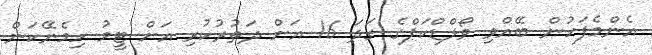
އެންމެފަހުން ބޭއްވި ވޯލްޑްކަޕްގެ ގަދަ 16 އަށް ދަތުރުކުރި އަށް ޓީމު ހިމެނޭކަން